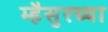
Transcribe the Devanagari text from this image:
म्हैसुरच्या